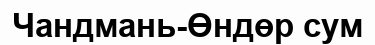
Чандмань-Өндөр сум